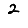
Digit: 2